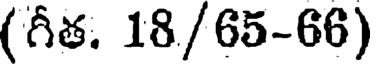
(గీత. 18/65-66)